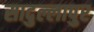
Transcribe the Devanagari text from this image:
सादुल्लापुर